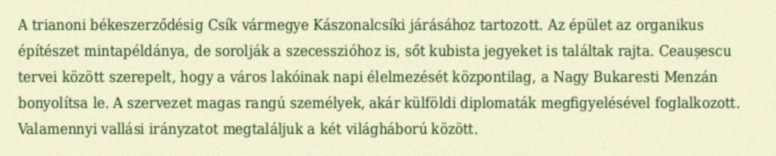
A trianoni békeszerződésig Csík vármegye Kászonalcsíki járásához tartozott. Az épület az organikus építészet mintapéldánya, de sorolják a szecesszióhoz is, sőt kubista jegyeket is találtak rajta. Ceaușescu tervei között szerepelt, hogy a város lakóinak napi élelmezését központilag, a Nagy Bukaresti Menzán bonyolítsa le. A szervezet magas rangú személyek, akár külföldi diplomaták megfigyelésével foglalkozott. Valamennyi vallási irányzatot megtaláljuk a két világháború között.